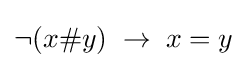
\neg (x\#y)\;\to \;x=y